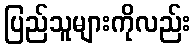
ပြည်သူများကိုလည်း